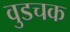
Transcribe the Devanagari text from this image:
वुडचक